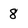
Character: 8